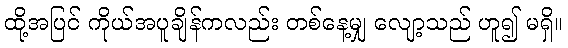
ထို့အပြင် ကိုယ်အပူချိန်ကလည်း တစ်နေ့မျှ လျော့သည် ဟူ၍ မရှိ။